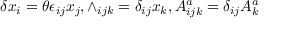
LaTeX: \delta x _ { i } = \theta \epsilon _ { i j } x _ { j } , \wedge _ { i j k } = \delta _ { i j } x _ { k } , A _ { i j k } ^ { a } = \delta _ { i j } A _ { k } ^ { a }